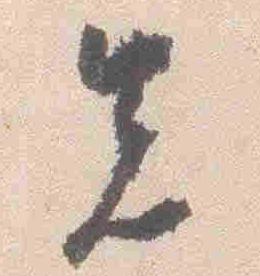
先